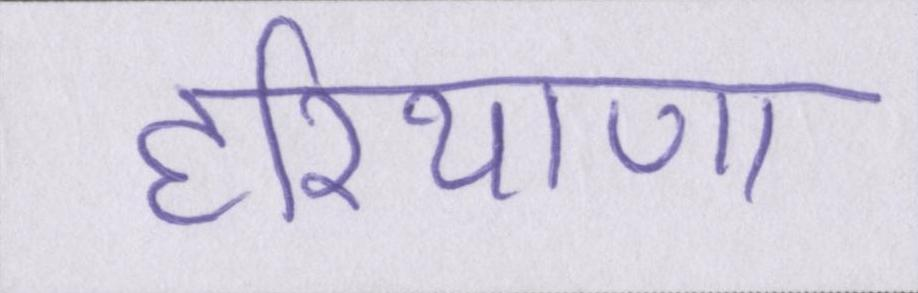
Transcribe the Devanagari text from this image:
हरियाणा